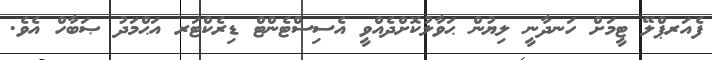
ފެއަރޕްލޭ ޓީމަށް ހަނދާނީ ލިޔުން ޙަވާލުކޮށްދެއްވީ އެސިސްޓެންޓް ޑިރެކްޓަރ އަޙްމަދު ޞަބާހް އެވެ.